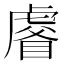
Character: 𧇗